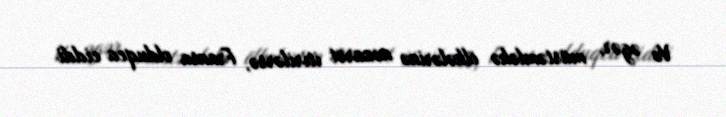
Və əgər, müstəmləkə ölkələrinə nəzarət itirilərsə, Fransa olduqca ciddi